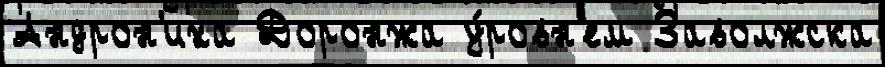
Андрон'иха Доронжа у́ровн'ем Заволжска